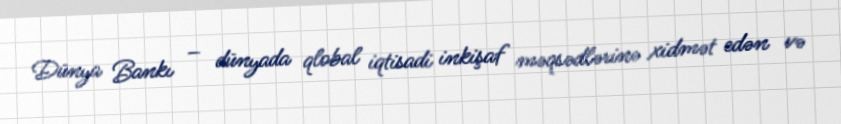
Dünya Bankı – dünyada qlobal iqtisadi inkişaf məqsədlərinə xidmət edən və